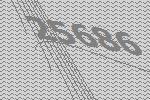
25686